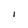
Character: l